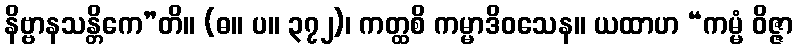
နိဗ္ဗာနသန္တိကေ”တိ။ (ဓ။ ပ။ ၃၇၂)၊ ကတ္ထစိ ကမ္မာဒိဝသေန။ ယထာဟ “ကမ္မံ ဝိဇ္ဇာ